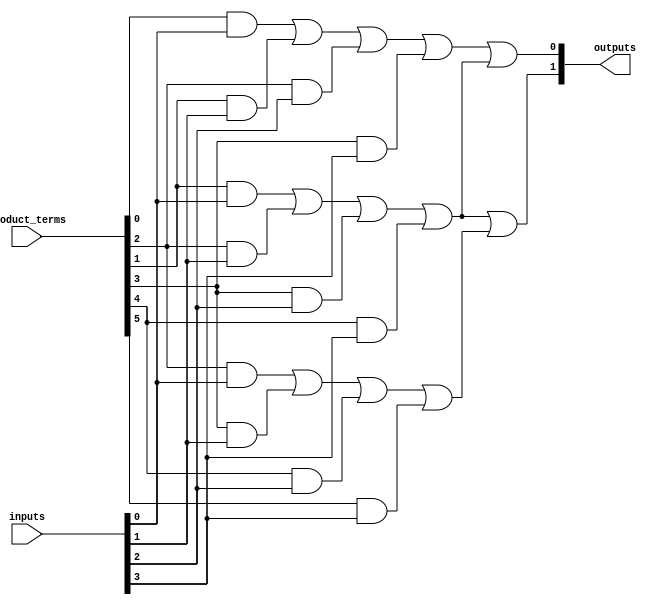
module PLA (
    input wire [N-1:0] inputs,        // N input signals
    input wire [M-1:0] product_terms,  // M product terms (AND gates)
    output wire [P-1:0] outputs        // P output functions
);

// Parameters
parameter N = 4; // Number of inputs
parameter M = 8; // Number of product terms (AND gates)
parameter P = 2; // Number of outputs

// Internal wires for product terms
wire [M-1:0] and_out; // Outputs of AND gates
wire [P-1:0] or_out;   // Outputs of OR gates

// Programmable AND Plane
genvar i;
generate
    for (i = 0; i < M; i = i + 1) begin : and_plane
        assign and_out[i] = (product_terms[i] & inputs[0]) |
                             (product_terms[i + 1] & inputs[1]) |
                             (product_terms[i + 2] & inputs[2]) |
                             (product_terms[i + 3] & inputs[3]);
    end
endgenerate

// Programmable OR Plane
genvar j;
generate
    for (j = 0; j < P; j = j + 1) begin : or_plane
        assign outputs[j] = and_out[j] | and_out[j + 1]; // Example configuration
    end
endgenerate

endmodule